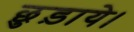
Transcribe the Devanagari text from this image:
छुड़ाये।